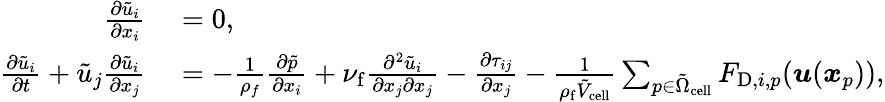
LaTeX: \begin{array}{rl}{\frac{\partial\tilde{u}_{i}}{\partial x_{i}}}&{{}=0,}\\ {\frac{\partial\tilde{u}_{i}}{\partial t}+\tilde{u}_{j}\frac{\partial\tilde{u}_{i}}{\partial x_{j}}}&{{}=-\frac{1}{\rho_{f}}\frac{\partial\tilde{p}}{\partial x_{i}}+\nu_{\mathrm{f}}\frac{\partial^{2}\tilde{u}_{i}}{\partial x_{j}\partial x_{j}}-\frac{\partial\tau_{ij}}{\partial x_{j}}-\frac{1}{\rho_{\mathrm{f}}\tilde{V}_{\mathrm{cell}}}\sum_{p\in\tilde{\Omega}_{\mathrm{cell}}}F_{\mathrm{D},i,p}(\boldsymbol{u}(\boldsymbol{x}_{p})),}\end{array}